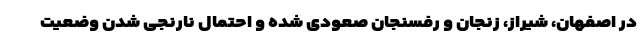
در اصفهان، شیراز، زنجان و رفسنجان صعودی شده و احتمال نارنجی شدن وضعیت